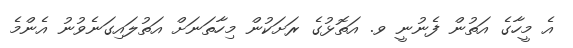
އެ މީހާގެ އަތުން ފެނުނީ ވ. އަތޮޅުގެ ރަށަކުން މިހާތަނަށް އަތުލައިގަނެވުނު އެންމެ